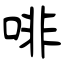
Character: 啡